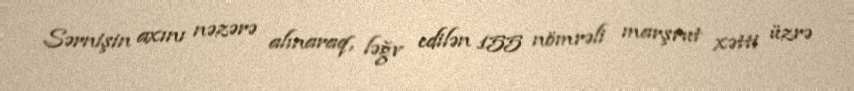
Sərnişin axını nəzərə alınaraq, ləğv edilən 155 nömrəli marşrut xətti üzrə